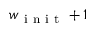
w _ { \mathrm { ~ i ~ n ~ i ~ t ~ } } + 1